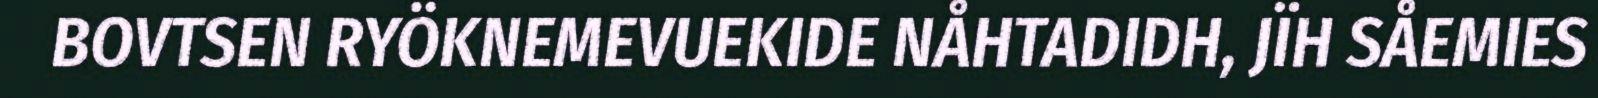
BOVTSEN RYÖKNEMEVUEKIDE NÅHTADIDH, JÏH SÅEMIES